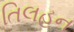
તિલહન